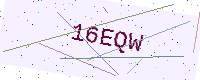
Text: 16EQW